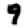
Digit: 9